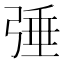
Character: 𢏴